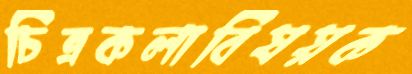
চিত্রকলাবিষয়ক